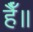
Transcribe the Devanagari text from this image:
हैँ॥